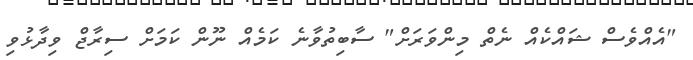
"އެއްވެސް ޝައްކެއް ނެތް މިންވަރަށް" ސާބިތުވާނެ ކަމެއް ނޫން ކަމަށް ސިރާޖް ވިދާޅުވި